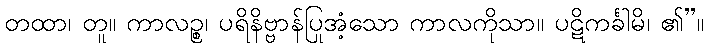
တထာ၊ တူ။ ကာလဉ္စ၊ ပရိနိဗ္ဗာန်ပြုအံ့သော ကာလကိုသာ။ ပဋိကင်္ခါမိ၊ ၏”။